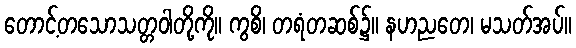
တောင့်တသောသတ္တဝါတို့ကို။ ကွစိ၊ တရံတဆစ်၌။ နဟညတေ၊ မသတ်အပ်။